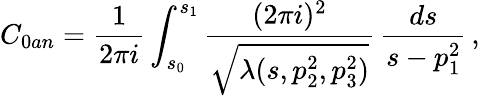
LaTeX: C_{0an}=\frac{1}{2\pi i}\int_{s_{0}}^{s_{1}}\frac{(2\pi i)^{2}}{\sqrt{\lambda(s,p_{2}^{2},p_{3}^{2})}}\, \frac{ds}{s-p_{1}^{2}}\, ,